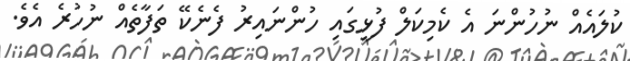
ކުލައެއް ނުހުންނަ އެ ކެމިކަލް ފުޅީގައި ހުންނައިރު ފެނެކޭ ތަފާތެއް ނުހުރެ އެވެ.